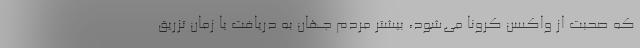
که صحبت از واکسن کرونا می‌شود، بیشتر مردم جهان به دریافت یا زمان تزریق